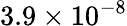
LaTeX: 3.9\times 10^{-8}